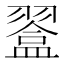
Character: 𥂨